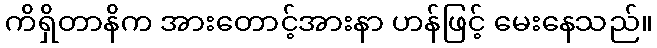
ကိရှိတာနိက အားတောင့်အားနာ ဟန်ဖြင့် မေးနေသည်။